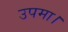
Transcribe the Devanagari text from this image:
उपमा।